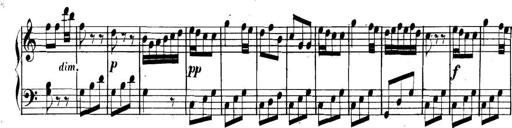
Title: Collected Piano Sonatas
Composer: Muzio Clementi